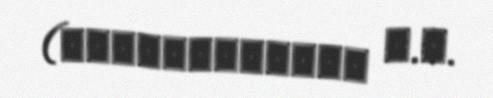
(Петрушевский И.П.